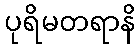
ပုရိမတရာနိ